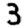
Digit: 3